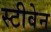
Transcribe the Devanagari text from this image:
स्‍टीवेन